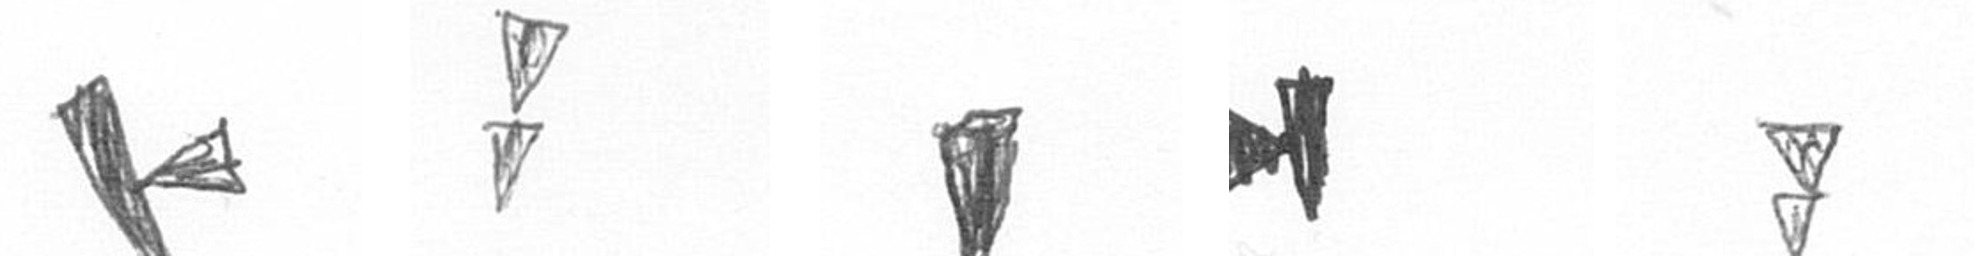
F Z J M Z